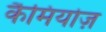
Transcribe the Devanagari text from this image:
कैमियोज़